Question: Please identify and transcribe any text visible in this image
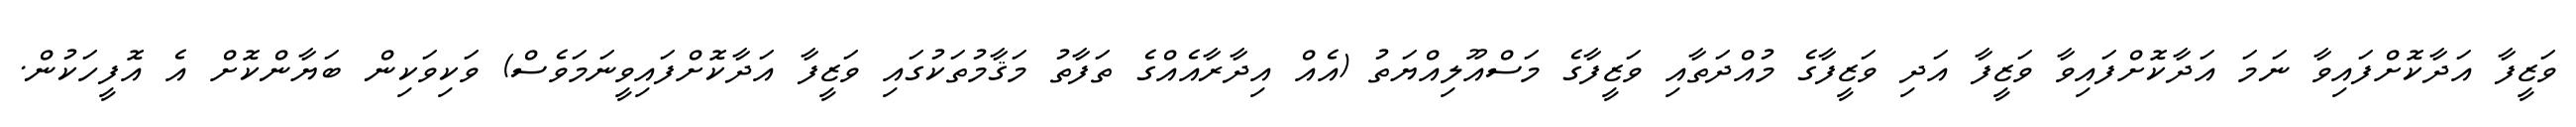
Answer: ވަޒީފާ އަދާކޮށްފައިވާ ނަމަ އަދާކޮށްފައިވާ ވަޒީފާ އަދި ވަޒީފާގެ މުއްދަތާއި ވަޒީފާގެ މަސްއޫލިއްޔަތު (އެއް އިދާރާއެއްގެ ތަފާތު މަޤާމުތަކުގައި ވަޒީފާ އަދާކޮށްފައިވީނަމަވެސް) ވަކިވަކިން ބަޔާންކޮށް އެ އޮފީހަކުން.